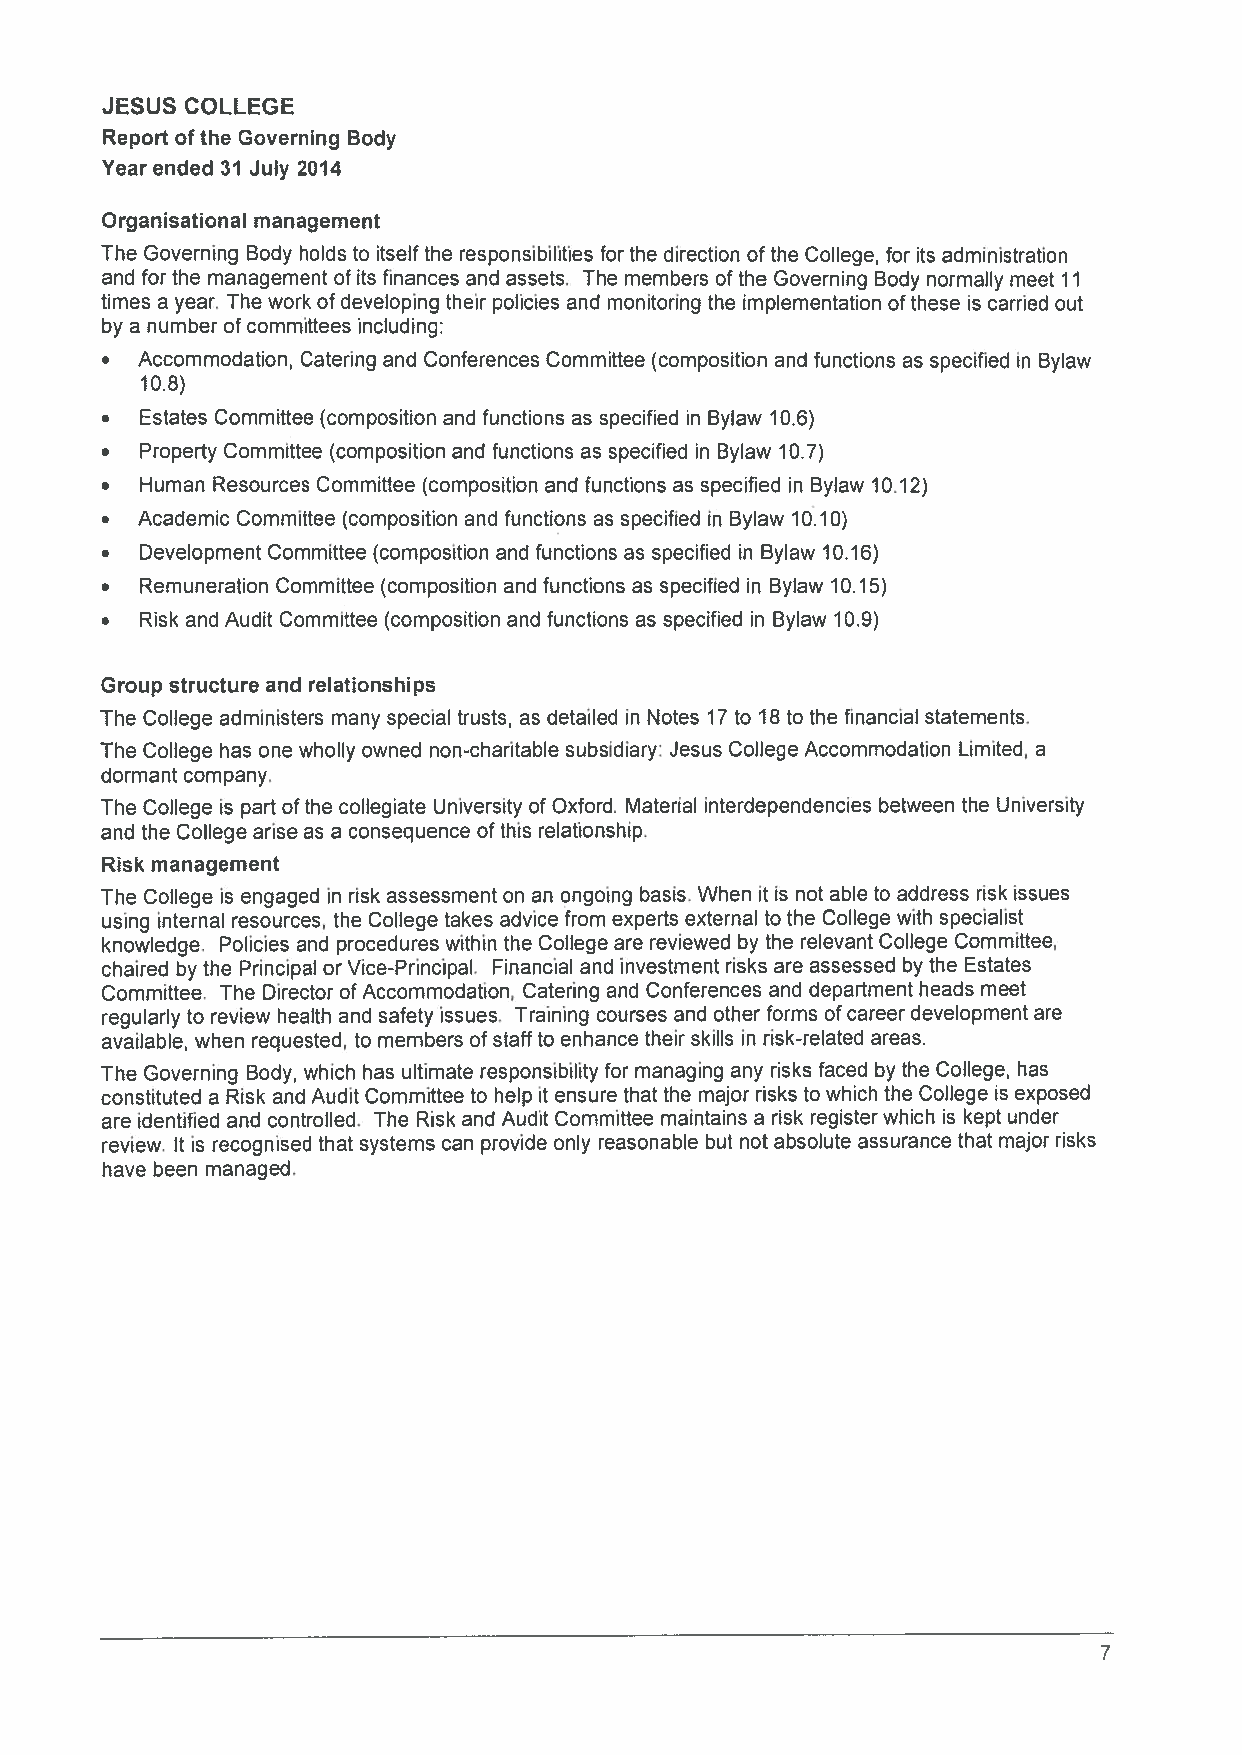
JESUS COLLEGE
 Report of the Governing Body
 Year ended 31 July 2014
 Organisational management
 The Governing Body holds to itself the responsibilities for the direction of the College, for its administration
 and for the management of its finances and assets. The members of the Governing Body normally meet 11
 times a year. The work of developing their policies and monitoring the implementation ofthese is carried out
 by a number of committees including:
 • Accommodation Catering and Conferences Committee (composition and functions as specified in Bylaw
 10.8)
 • Estates Committee (composition and functions as specified in Bylaw 10.6)
 • Property Committee (composition and functions as specified in Bylaw 10.7)
 • Human Resources Committee (composition and functions as specified in Bylaw 10.12)
 • Academic Committee (composition and functions as specified in Bylaw 10.10)
 • Development Committee (composition and functions as specified in Bylaw 10.16)
 • Remuneration Committee (composition and functions as specified in Bylaw 10.15)
 • Risk and Audit Committee (composition and functions as specified in Bylaw 10.9)
 Group structure and relationships
 The College administers many special trusts, as detailed in Notes 17 to 18 to the financial statements.
 The College has one wholly owned non-charitable subsidiary: Jesus College Accommodation Limited, a
 dormant company.
 The College is part ofthe collegiate University of Oxford. Material interdependencies between the University
 and the College arise as a consequence of this relationship.
 Risk management
 The College is engaged in risk assessment on an ongoing basis. When it is not able to address risk issues
 using internal resources, the College takes advice from experts external to the College with specialist
 knowledge. Policies and procedures within the College are reviewed by the relevant College Committee,
 chaired by the Principal or Vice-Principal. Financial and investment risks are assessed by the Estates
 Committee. The Director of Accommodation, Catering and Conferences and department heads meet
 regularly to review health and safety issues. Training courses and other forms ofcareer development are
 available, when requested, to members of staffto enhance their skills in risk-related areas.
 The Governing Body, which has ultimate responsibility for managing any risks faced by the College, has
 constituted a Risk and Audit Committee to help it ensure that the major risks to which the College is exposed
 are identified and controlled. The Risk and Audit Committee maintains a risk register which is kept under
 review. It is recognised that systems can provide only reasonable but not absolute assurance that major risks
 have been managed.
 7